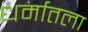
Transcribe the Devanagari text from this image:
धर्मातला